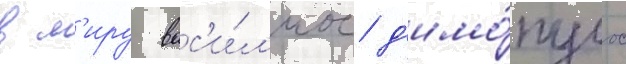
в м'иру вас'и́л'иос д'имо́пулос